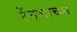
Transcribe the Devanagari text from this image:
रेंगमाच्या